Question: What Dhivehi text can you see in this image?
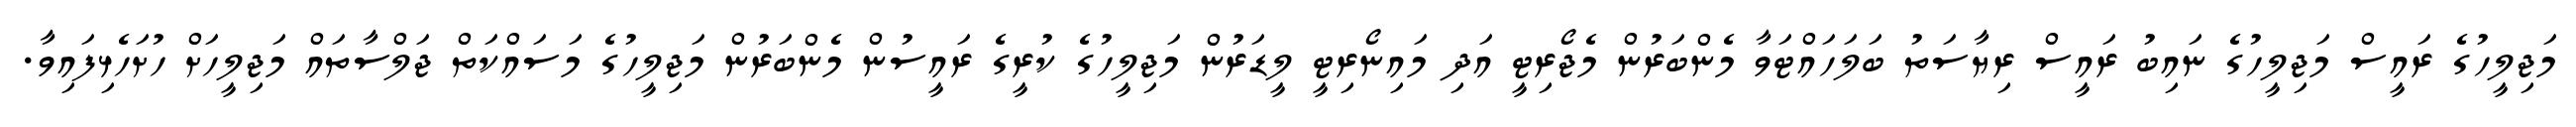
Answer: މަޖިލީހުގެ ރައީސް މަޖިލީހުގެ ނައިބު ރައީސް ރިޔާސަތު ބަލަހައްޓަވާ މެންބަރުން މެޖޯރިޓީ އަދި މައިނޯރިޓީ ލީޑަރުން މަޖިލީހުގެ ކުރީގެ ރައީސުން މެންބަރުން މަޖިލީހުގެ މަސައްކަތް ޖަލްސާތައް މަޖިލީހަށް ހުށަހެޅިފައިވާ.